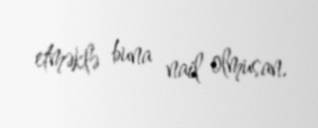
etməklə buna nail olmusan.